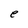
Character: e